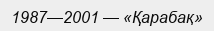
1987—2001 — «Қарабақ»